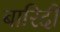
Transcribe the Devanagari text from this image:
बारिदी